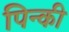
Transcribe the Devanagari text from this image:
पिन्की